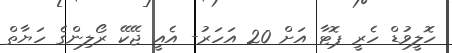
ހޮލީވުޑް ހެރީ ޕޮޓާ އަށް 20 އަހަރު- އެއީ ޖޭކޭ ރޯލިންގެ ހަޔާތް